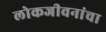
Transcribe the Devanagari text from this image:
लोकजीवनांचा